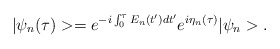
\begin{align*}|\psi_{n}(\tau)>=e^{-i\int_{0}^{\tau}E_{n}(t^{\prime})dt^{\prime}}e^{i\eta_{n}(\tau)}|\psi_{n}> .\end{align*}